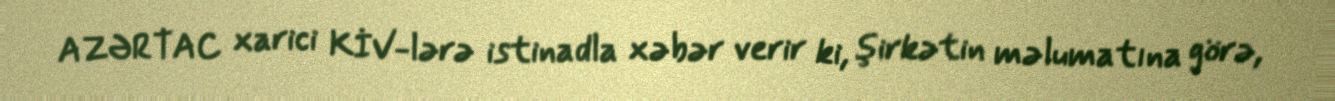
AZƏRTAC xarici KİV-lərə istinadla xəbər verir ki, şirkətin məlumatına görə,